Malaria in the Duars
Disease focus: Malaria
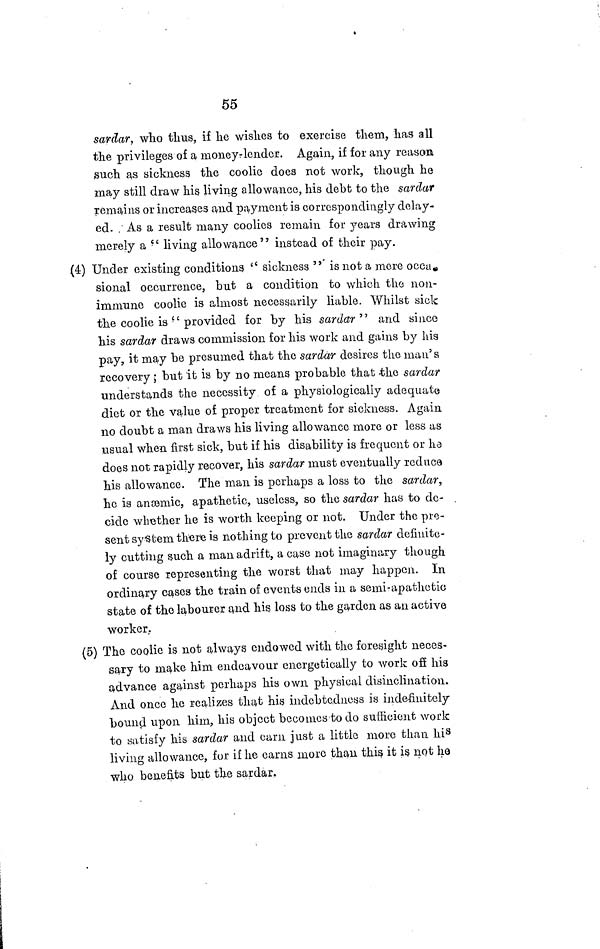
55
sardar, who thus, if he wishes to exercise them, has all
the privileges of a money-lender. Again, if for any reason
such as sickness the coolie does not work, though he
may still draw his, living allowance, his debt to the sardar
remains or increases and payment is correspondingly delay-
ed. As a result many coolies remain for years drawing
merely a " living allowance " instead of their pay.
(4) Under existing conditions. " sickness " is not a mere occa-
sional occurrence, but a condition to which the non-
immune coolie is almost necessarily liable. Whilst sick
the coolie is " provided for by his sardar " and since
his sardar draws commission for his work and gains by his
pay, it may be presumed that the sardar desires the man's
recovery; but it is by no means probable that the sardar
understands the necessity of a physiologically adequate
diet or the value of proper treatment for sickness. Again
110 doubt a man draws his living allowance more or less as
usual when first sick, but if his disability is frequent or ha
does not rapidly recover, his sardar must eventually reduce
his allowance. The man is perhaps a loss to the sardar,
he is anæmic, apathetic, useless, so the sardar has to de-
cide whether he is worth keeping or not. Under the pre-
sent system there is nothing to prevent the sardar definite-
ly cutting such a man adrift, a case not imaginary though
of course representing the worst that may happen. In
ordinary cases the train of events ends in a semi-apathetic
state of the labourer and his loss to the garden as an active
worker.
(5) The coolie is not always endowed with the foresight neces-
sary to make him endeavour energetically to work off his
advance against perhaps his own physical disinclination.
And once he realizes that his indebtedness is indefinitely
bound upon him, his object becomes to do sufficient work
to satisfy his sardar and earn just a little more than his
living allowance, for if he earns more than this it is not he
who benefits but the sardar.